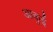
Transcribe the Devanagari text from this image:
आकुई